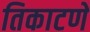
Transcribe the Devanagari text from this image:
तिकाटणे